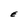
Character: E